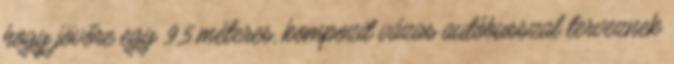
hogy jövőre egy 9,5 méteres, kompozit vázas autóbusszal terveznek